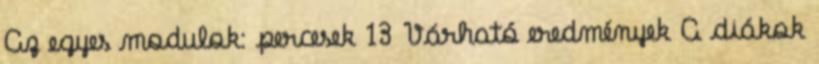
Az egyes modulok: percesek 13 Várható eredmények A diákok